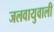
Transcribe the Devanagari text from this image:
जलवायुवाली